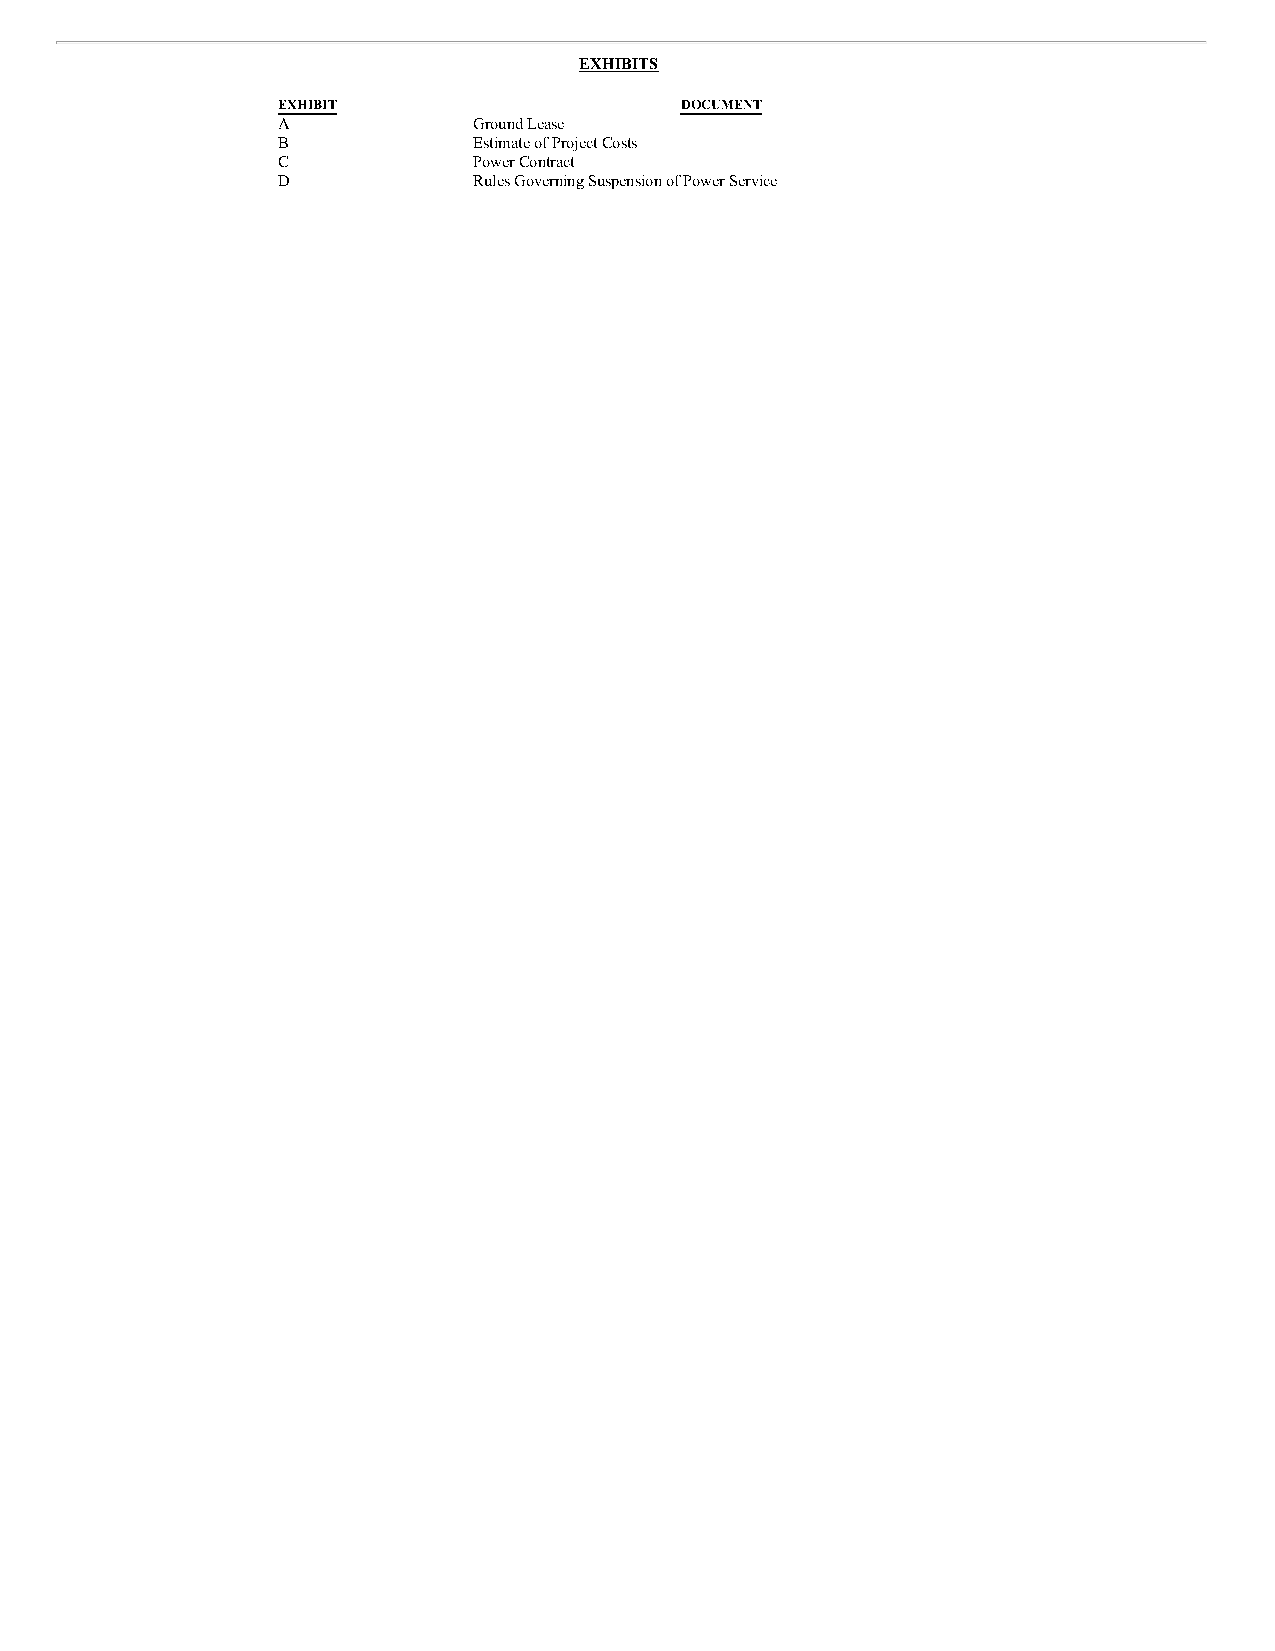
EXHIBITS
 EXHIBIT                    DOCUMENT
 A            Ground Lease
 B            Estimate of Project Costs
 C            Power Contract
 D            Rules Governing Suspension of Power Service